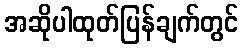
အဆိုပါထုတ်ပြန်ချက်တွင်